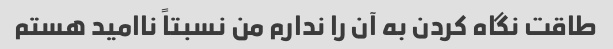
طاقت نگاه کردن به آن را ندارم من نسبتاً ناامید هستم